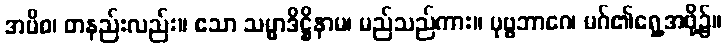
အပိစ၊ တနည်းလည်း။ ဧသာ သမ္မာဒိဋ္ဌိနာမ၊ မည်သည်ကား။ ပုဗ္ဗဘာဂေ၊ မဂ်၏ရှေ့အဖို့၌။